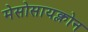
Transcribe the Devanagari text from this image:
मेसोसायक्लोन